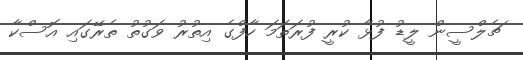
ޗެލްސީން ލީޑު ފުޅާ ކުރީ ފުރަތަމަ ހާފްގެ އިތުރު ވަގުތު ތެރޭގައި އޮސްކާ